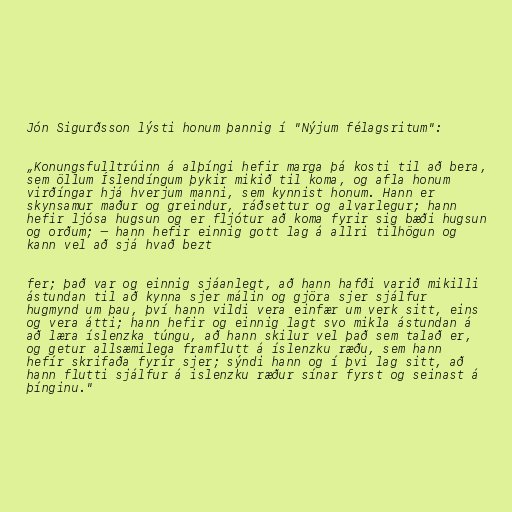
Jón Sigurðsson lýsti honum þannig í "Nýjum félagsritum":

„Konungsfulltrúinn á alþíngi hefir marga þá kosti til að bera,
sem öllum Íslendíngum þykir mikið til koma, og afla honum
virðíngar hjá hverjum manni, sem kynnist honum. Hann er
skynsamur maður og greindur, ráðsettur og alvarlegur; hann
hefir ljósa hugsun og er fljótur að koma fyrir sig bæði hugsun
og orðum; – hann hefir einnig gott lag á allri tilhögun og
kann vel að sjá hvað bezt

fer; það var og einnig sjáanlegt, að hann hafði varið mikilli
ástundan til að kynna sjer málin og gjöra sjer sjálfur
hugmynd um þau, því hann vildi vera einfær um verk sitt, eins
og vera átti; hann hefir og einnig lagt svo mikla ástundan á
að læra íslenzka túngu, að hann skilur vel það sem talað er,
og getur allsæmilega framflutt á íslenzku ræðu, sem hann
hefír skrifaða fyrír sjer; sýndi hann og í þvi lag sitt, að
hann flutti sjálfur á islenzku ræður sínar fyrst og seinast á
þínginu."